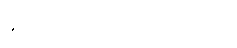
နိုင်ငံတော်အတိုင်ပင်ခံရုံးက